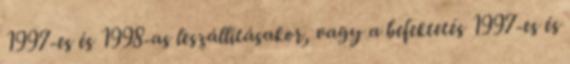
1997-es és 1998-as leszállításakor, vagy a befektetés 1997-es és